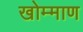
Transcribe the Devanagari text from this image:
खोम्माण